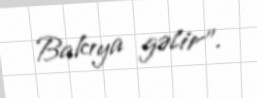
Bakıya gəlir”.